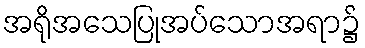
အရိုအသေပြုအပ်သောအရာ၌